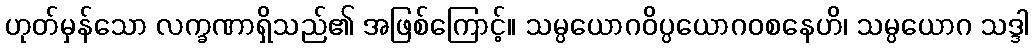
ဟုတ်မှန်သော လက္ခဏာရှိသည်၏ အဖြစ်ကြောင့်။ သမ္ပယောဂဝိပ္ပယောဂဝစနေဟိ၊ သမ္ပယောဂ သဒ္ဒါ